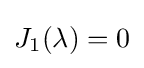
J_{1}(\lambda )=0